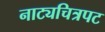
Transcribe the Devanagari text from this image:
नाट्यचित्रपट